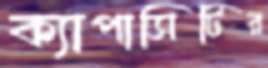
ক্যাপাসিটির